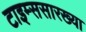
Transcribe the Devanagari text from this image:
टाइम्ससारख्या